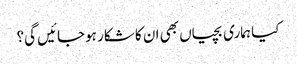
کیا ہماری بچیاں بھی ان کا شکار ہوجائیں گی؟